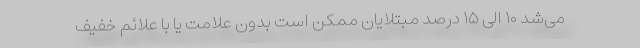
می‌شد ۱۰ الی ۱۵ درصد مبتلایان ممکن است بدون علامت یا با علائم خفیف